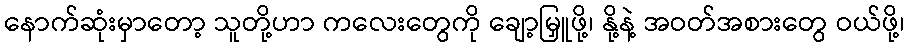
နောက်ဆုံးမှာတော့ သူတို့ဟာ ကလေးတွေကို ချော့မြှူဖို့၊ နို့နဲ့ အဝတ်အစားတွေ ဝယ်ဖို့၊